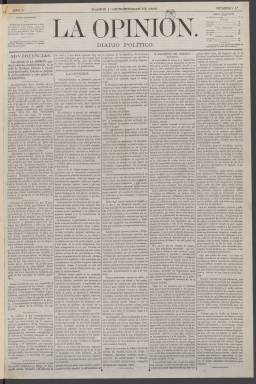
Título: La Opinión (Madrid. 1868)
Colección: Periódicos
Ámbito geográfico: Madrid
Lugar de publicación: Madrid
Fechas: 01/11/1868-30/11/1868